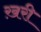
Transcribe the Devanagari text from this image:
ख़री